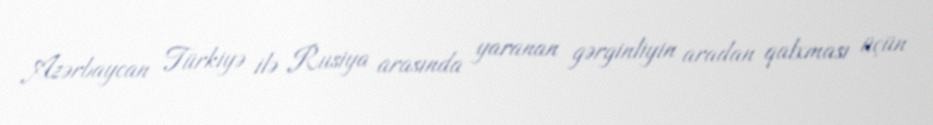
Azərbaycan Türkiyə ilə Rusiya arasında yaranan gərginliyin aradan qalxması üçün